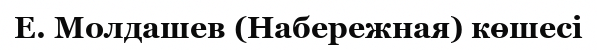
Е. Молдашев (Набережная) көшесі